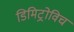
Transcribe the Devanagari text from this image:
डिमिट्रोविच